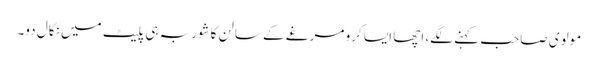
مولوی صاحب کہنے لگے، اچھا ایسا کرو مرغے کے سالن کا شوربہ ہی پلیٹ میں نکال دو۔